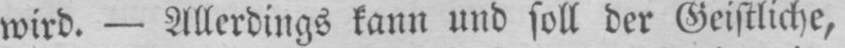
wird. - Allerdings kann und soll der Geistliche,